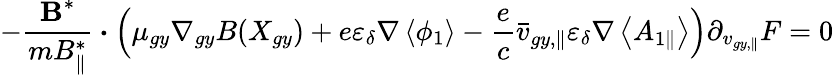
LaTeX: -\frac{\textbf{B}^{*}}{mB_{\parallel}^{*}}\boldsymbol{\cdot}\left(\mu_{gy}\nabla_{gy}B(X_{gy})+e\varepsilon_{\delta}\nabla\left<\phi_{1}\right>-\frac{e}{c}\bar{v}_{gy,\parallel}\varepsilon_{\delta}\nabla\left<A_{1\parallel}\right>\right)\partial_{{v}_{gy,\parallel}}F=0